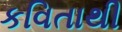
કવિતાથી